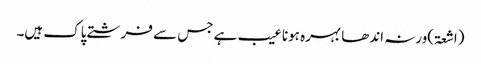
(اشعۃ)ورنہ اندھا بہرہ ہونا عیب ہے جس سے فرشتے پاک ہیں۔